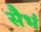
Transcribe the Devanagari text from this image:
सैभं